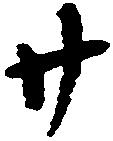
廿